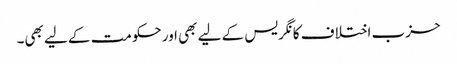
حزب اختلاف کانگریس کے لیے بھی اور حکومت کے لیے بھی۔